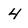
Character: 4